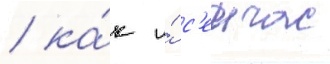
/ ка́к и́ с'еичас